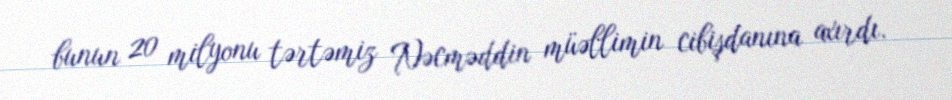
bunun 20 milyonu tərtəmiz Nəcməddin müəllimin cibişdanına axırdı.